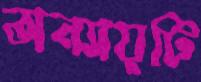
অন্যায়টি